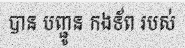
បាន បញ្ជូន កងទ័ព របស់